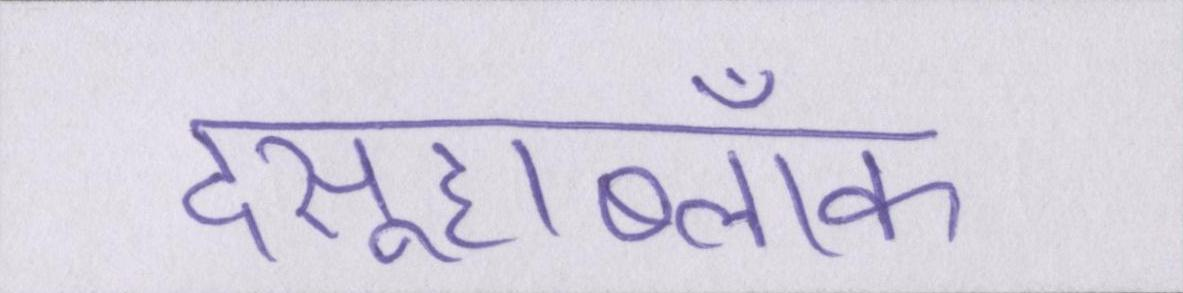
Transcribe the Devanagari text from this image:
दसूहाब्लॉक